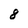
Character: 8